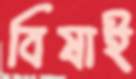
বিষাই